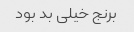
برنج خیلی بد بود